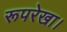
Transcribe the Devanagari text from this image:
रूपरेखा।